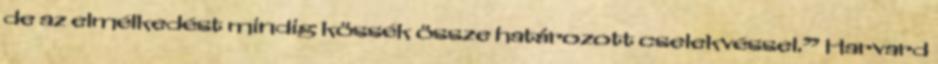
de az elmélkedést mindig kössék össze határozott cselekvéssel.” Harvard